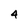
Character: 4